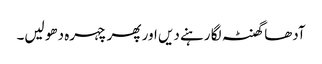
آدھا گھنٹہ لگا رہنے دیں اور پھر چہرہ دھو لیں۔